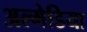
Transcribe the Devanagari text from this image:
अल्मेडिया